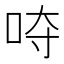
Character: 𭇡